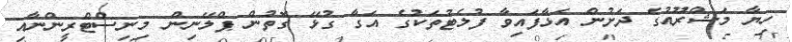
ހިޔާ މަޝްރޫއުގެ ދަށުން އަޅާފައިވާ ފުލެޓުތަކުގެ އަގާ ގުޅޭ ގޮތުން ޕްލޭނިން މިނިސްޓްރީންނާއި